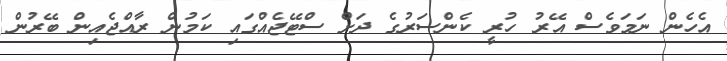
އެހެން ނަމަވެސް އޭރު ހުރީ ކެންސަރުގެ ދަށް ސްޓޭޖެއްގައި ކަމުން ރާއްޖެއިން ބޭރުން